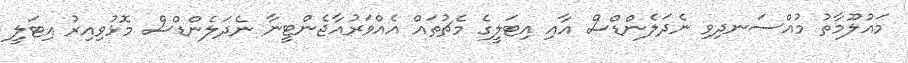
މައުލޫމާތު މުއްސަނދިވި ނެދަލެންޑްސް އާއި އިޓަލީގެ މެޗުތައް އެއްވަރުއާޖެންޓީނާ ނެދަލެންޑްސް މޮޅުވިއިރު އިޓަލީ